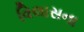
વિલાસના